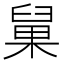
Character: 𰯹